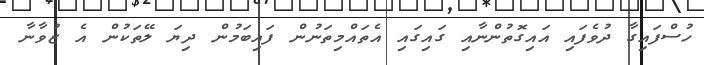
ހުސްފައިގާ ދުވެފައި އައިގޮތުންނާއި ގައިގައި އެތައްމިތަނުން ފައިބަމުން ދިޔަ ލޭތަކުން އެ ޒުވާނާ